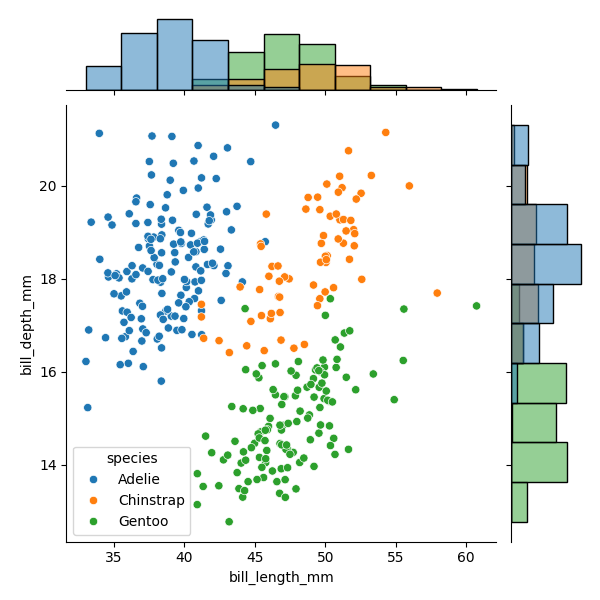
python, seaborn, JointGrid, scatterplot, histplot, hue